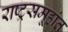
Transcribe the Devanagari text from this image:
राष्ट्रसमूहांत